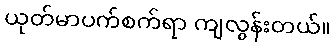
ယုတ်မာပက်စက်ရာ ကျလွန်းတယ်။